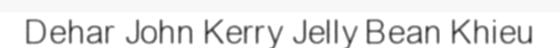
Dehar John Kerry Jelly Bean Khieu